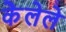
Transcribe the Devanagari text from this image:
केेलेले